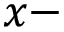
x -